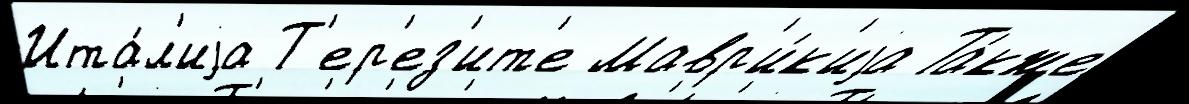
Ита́л'иjа Т'ер'ез'ит'е Мавр'и́к'иjа Та́кже